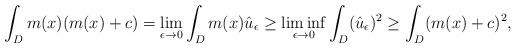
LaTeX: \begin{align*}\int_D m(x) (m(x) + c) = \lim_{\epsilon \to 0} \int_D m(x) \hat u_\epsilon \geq \liminf_{\epsilon \to 0} \int_D (\hat u_\epsilon)^2 \geq \int_D (m(x) + c)^2,\end{align*}